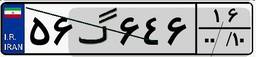
۱۷گ۸۲۰۶۳